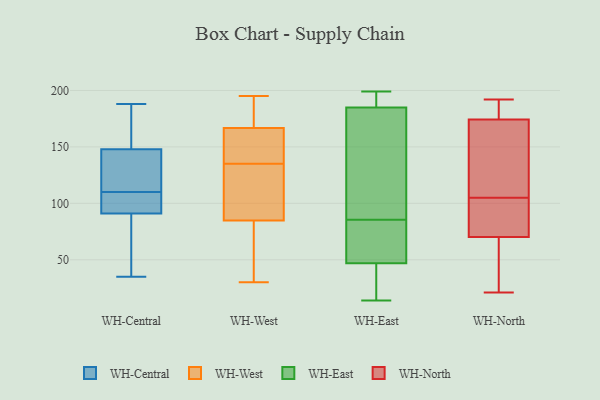
{"axis": {"x": "LTV (USD)", "y": "Value"}, "legend": ["WH-Central", "WH-East", "WH-North", "WH-West"], "data": [{"x": "", "y": 114, "type": "WH-Central"}, {"x": "", "y": 35, "type": "WH-Central"}, {"x": "", "y": 148, "type": "WH-Central"}, {"x": "", "y": 99, "type": "WH-Central"}, {"x": "", "y": 106, "type": "WH-Central"}, {"x": "", "y": 53, "type": "WH-Central"}, {"x": "", "y": 93, "type": "WH-Central"}, {"x": "", "y": 122, "type": "WH-Central"}, {"x": "", "y": 53, "type": "WH-Central"}, {"x": "", "y": 188, "type": "WH-Central"}, {"x": "", "y": 176, "type": "WH-Central"}, {"x": "", "y": 145, "type": "WH-Central"}, {"x": "", "y": 160, "type": "WH-Central"}, {"x": "", "y": 91, "type": "WH-Central"}, {"x": "", "y": 63, "type": "WH-West"}, {"x": "", "y": 75, "type": "WH-West"}, {"x": "", "y": 93, "type": "WH-West"}, {"x": "", "y": 195, "type": "WH-West"}, {"x": "", "y": 178, "type": "WH-West"}, {"x": "", "y": 104, "type": "WH-West"}, {"x": "", "y": 152, "type": "WH-West"}, {"x": "", "y": 135, "type": "WH-West"}, {"x": "", "y": 88, "type": "WH-West"}, {"x": "", "y": 30, "type": "WH-West"}, {"x": "", "y": 163, "type": "WH-West"}, {"x": "", "y": 193, "type": "WH-West"}, {"x": "", "y": 156, "type": "WH-West"}, {"x": "", "y": 190, "type": "WH-East"}, {"x": "", "y": 196, "type": "WH-East"}, {"x": "", "y": 185, "type": "WH-East"}, {"x": "", "y": 199, "type": "WH-East"}, {"x": "", "y": 83, "type": "WH-East"}, {"x": "", "y": 93, "type": "WH-East"}, {"x": "", "y": 47, "type": "WH-East"}, {"x": "", "y": 125, "type": "WH-East"}, {"x": "", "y": 63, "type": "WH-East"}, {"x": "", "y": 188, "type": "WH-East"}, {"x": "", "y": 67, "type": "WH-East"}, {"x": "", "y": 116, "type": "WH-East"}, {"x": "", "y": 14, "type": "WH-East"}, {"x": "", "y": 76, "type": "WH-East"}, {"x": "", "y": 32, "type": "WH-East"}, {"x": "", "y": 39, "type": "WH-East"}, {"x": "", "y": 22, "type": "WH-East"}, {"x": "", "y": 88, "type": "WH-East"}, {"x": "", "y": 21, "type": "WH-North"}, {"x": "", "y": 132, "type": "WH-North"}, {"x": "", "y": 177, "type": "WH-North"}, {"x": "", "y": 187, "type": "WH-North"}, {"x": "", "y": 42, "type": "WH-North"}, {"x": "", "y": 135, "type": "WH-North"}, {"x": "", "y": 104, "type": "WH-North"}, {"x": "", "y": 22, "type": "WH-North"}, {"x": "", "y": 62, "type": "WH-North"}, {"x": "", "y": 95, "type": "WH-North"}, {"x": "", "y": 101, "type": "WH-North"}, {"x": "", "y": 192, "type": "WH-North"}, {"x": "", "y": 105, "type": "WH-North"}, {"x": "", "y": 175, "type": "WH-North"}, {"x": "", "y": 172, "type": "WH-North"}]}